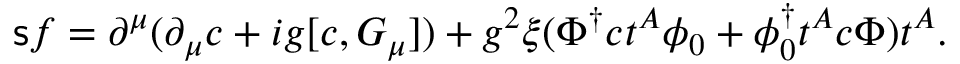
{ \sf s } f = \partial ^ { \mu } ( \partial _ { \mu } c + i g [ c , G _ { \mu } ] ) + g ^ { 2 } \xi ( \Phi ^ { \dagger } c t ^ { A } \phi _ { 0 } + \phi _ { 0 } ^ { \dagger } t ^ { A } c \Phi ) t ^ { A } .